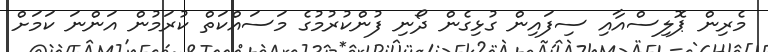
މެރިން ޕޮލިސްއާއި ސިފައިން ގުޅިގެން ދޯނި ފުންކުރުމުގެ މަސައްކަތް ކުރަމުން އަންނަ ކަމަށް